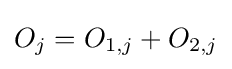
O_{j}=O_{1,j}+O_{2,j}